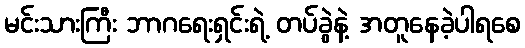
မင်းသားကြီး ဘာဂရေးရှင်းရဲ့ တပ်ခွဲနဲ့ အတူနေခဲ့ပါရစေ